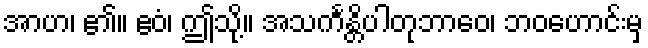
အာဟ၊ ၏။ ဧဝံ၊ ဤသို့။ အသင်္ကန္တိပါတုဘာဝေ၊ ဘဝဟောင်းမှ